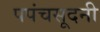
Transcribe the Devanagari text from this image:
पपंचसूदनी